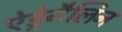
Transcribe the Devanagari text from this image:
ऐड्रेनैलिन